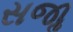
સજાૢ